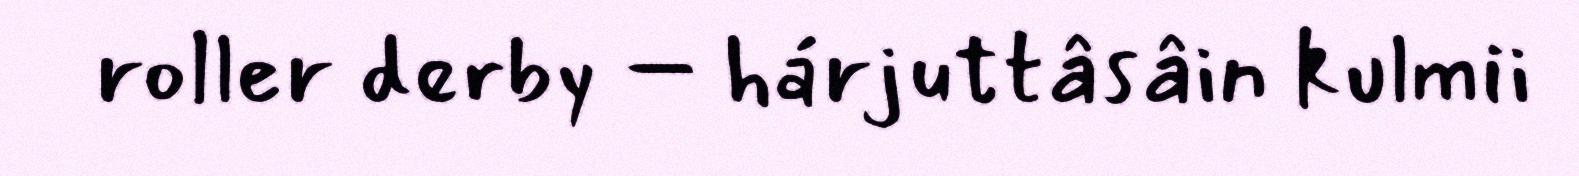
roller derby – hárjuttâsâin kulmii